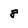
Character: 8